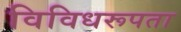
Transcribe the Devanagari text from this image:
विविधरूपता